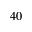
4 0